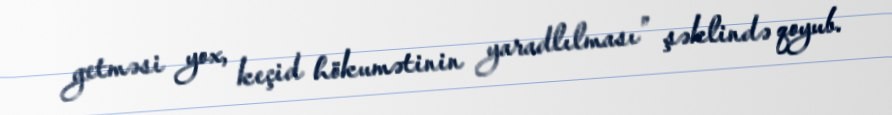
getməsi yox, keçid hökumətinin yaradlılması” şəklində qoyub.